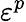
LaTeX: \varepsilon^{p}